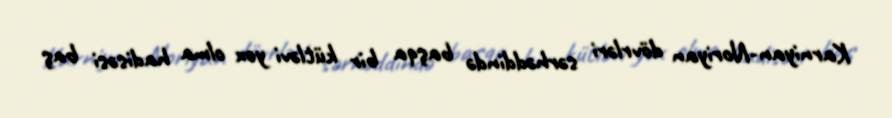
Karniyan-Noriyan dövrləri sərhəddində başqa bir kütləvi yox olma hadisəsi baş